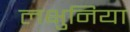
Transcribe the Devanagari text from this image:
लक्षुनिया